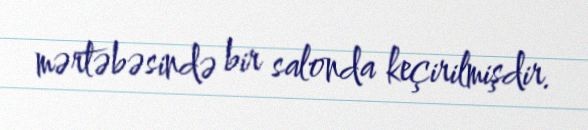
mərtəbəsində bir salonda keçirilmişdir.